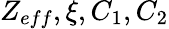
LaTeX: Z_{eff},\xi,C_{1},C_{2}